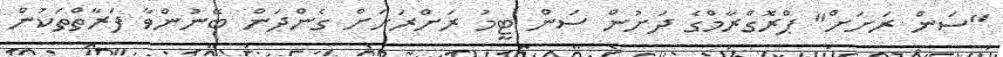
"ސަން ރަށަށް" ޕްރޮގްރާމްގެ ދަށުން ސަން ޓީމު ރަށްރަށަށް ގެންދަން ބޭނުންވާ ފަރާތްތަކުން